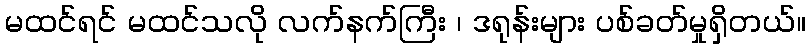
မထင်ရင် မထင်သလို လက်နက်ကြီး ၊ ဒရုန်းများ ပစ်ခတ်မှုရှိတယ်။